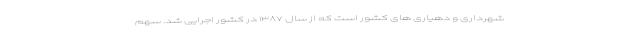
شهرداری‌ و دهیاری های کشور است که از سال ۱۳۸۷ در کشور اجرایی شد. سهم